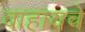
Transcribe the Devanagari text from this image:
वाहायचे